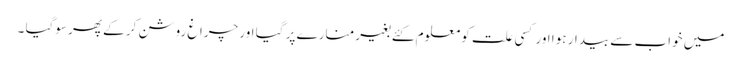
میں خواب سے بیدار ہوا اور کسی علت کو معلوم کئے بغیر منارے پر گیا اور چراغ روشن کر کے پھر سوگیا ۔